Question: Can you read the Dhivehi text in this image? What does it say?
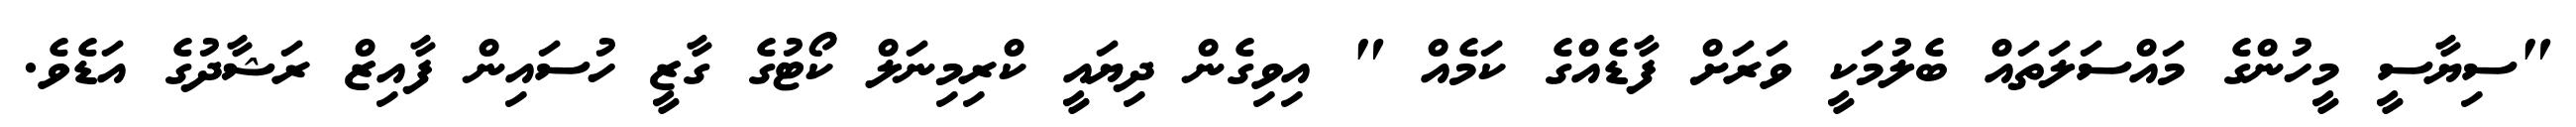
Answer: "ސިޔާސީ މީހުންގެ މައްސަލަތައް ބެލުމަކީ ވަރަށް ފާޑެއްގެ ކަމެއް " އިވިގެން ދިޔައީ ކްރިމިނަލް ކޯޓުގެ ގާޒީ ހުސައިން ފާއިޒް ރަޝާދުގެ އަޑެވެ.